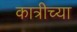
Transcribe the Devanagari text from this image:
कात्रीच्या